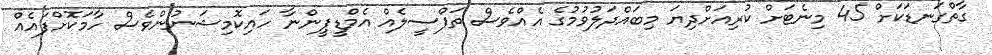
ގާތްގަނޑަކަށް 45 މިނެޓަށް ކުރިއަށްދިޔަ މިބައްދަލުވުމުގެ އެއްވެސް ތަފްސީލެއް އެމްޑީޕީންނާ ހައިކޮމިޝަނުންވެސް ހާމަކޮށްފައެއް